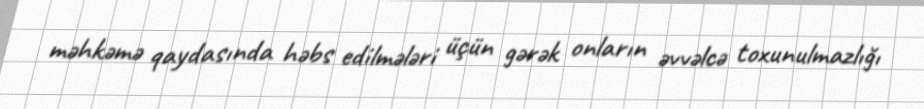
məhkəmə qaydasında həbs edilmələri üçün gərək onların əvvəlcə toxunulmazlığı